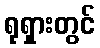
ရုရှားတွင်